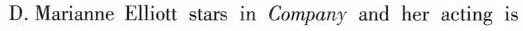
D.Marianne Elliott stars in Company and her acting is